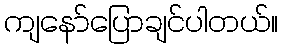
ကျနော်ပြောချင်ပါတယ်။